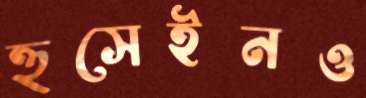
হুসেইনও